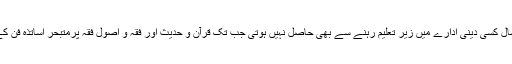
اور یہ مہارت آج کے دور میں دو چار سال کسی دینی ادارے میں زیر تعلیم رہنے سے بھی حاصل نہیں ہوتی جب تک قرآن و حدیث اور فقہ و اصول فقہ پرمتبحر اساتذہ فن کے زیر سایہ مہارت حاصل نہ کی جائے۔